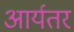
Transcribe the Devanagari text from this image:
आर्यतर